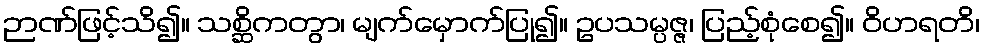
ဉာဏ်ဖြင့်သိ၍။ သစ္ဆိကတွာ၊ မျက်မှောက်ပြု၍။ ဥပသမ္ပဇ္ဇ၊ ပြည့်စုံစေ၍။ ဝိဟရတိ၊